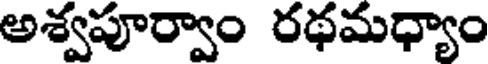
అశ్వపూర్వాం రథమధ్యాం